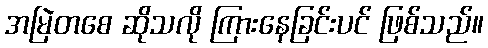
အမြဲတစေ ဆိုသလို ကြားနေခြင်းပင် ဖြစ်သည်။